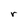
Character: r